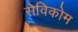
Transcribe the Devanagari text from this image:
सेविकोम